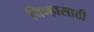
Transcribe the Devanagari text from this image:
चिन्हासाठी